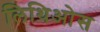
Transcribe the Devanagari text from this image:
लिथिओस